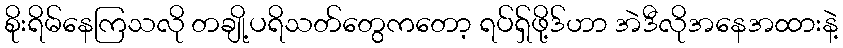
စိုးရိမ်နေကြသလို တချို့ပရိသတ်တွေကတော့ ရပ်ရှ်ဖို့ဒ်ဟာ အဲဒီလိုအနေအထားနဲ့